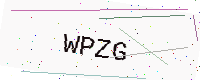
Text: WPZG